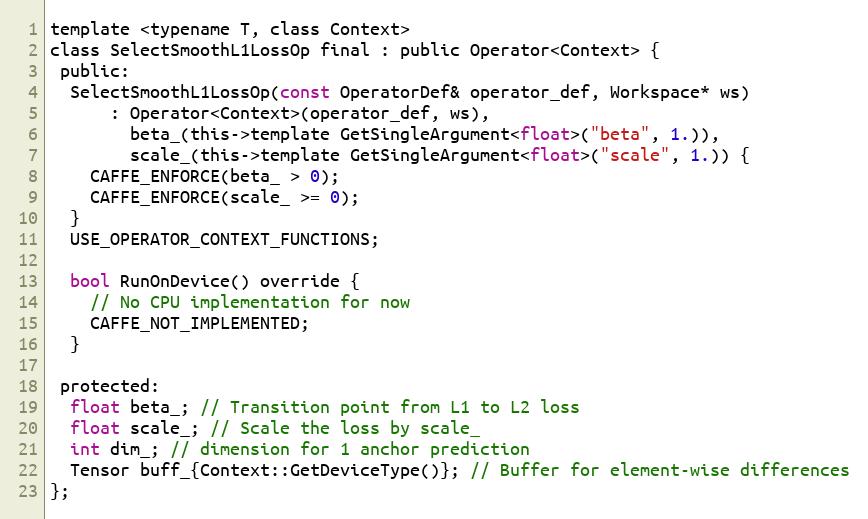
Language: C
template <typename T, class Context>
class SelectSmoothL1LossOp final : public Operator<Context> {
 public:
  SelectSmoothL1LossOp(const OperatorDef& operator_def, Workspace* ws)
      : Operator<Context>(operator_def, ws),
        beta_(this->template GetSingleArgument<float>("beta", 1.)),
        scale_(this->template GetSingleArgument<float>("scale", 1.)) {
    CAFFE_ENFORCE(beta_ > 0);
    CAFFE_ENFORCE(scale_ >= 0);
  }
  USE_OPERATOR_CONTEXT_FUNCTIONS;

  bool RunOnDevice() override {
    // No CPU implementation for now
    CAFFE_NOT_IMPLEMENTED;
  }

 protected:
  float beta_; // Transition point from L1 to L2 loss
  float scale_; // Scale the loss by scale_
  int dim_; // dimension for 1 anchor prediction
  Tensor buff_{Context::GetDeviceType()}; // Buffer for element-wise differences
};